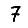
Digit: 7